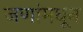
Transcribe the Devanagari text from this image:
जणांमधून